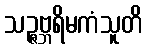
သဉ္ဇဗ္ဘရိမကံသူတိ